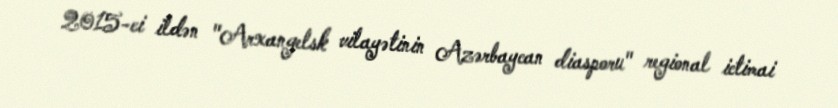
2015-ci ildən "Arxangelsk vilayətinin Azərbaycan diasporu" regional ictimai